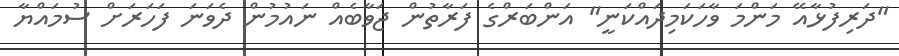
"ދަރިފުޅާއޭ މަންމަ ވާހަކަމިދައްކަނީ" އަންބަރްގެ ފަރާތުން ޖަވާބެއް ނައުމުން ދެވަނަ ފަހަރަށް ސުމައްޔާ